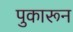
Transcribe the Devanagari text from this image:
पुकारून